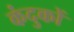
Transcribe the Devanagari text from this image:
कंदुकों